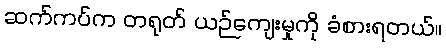
ဆက်ကပ်က တရုတ် ယဉ်ကျေးမှုကို ခံစားရတယ်။